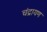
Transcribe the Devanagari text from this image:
चंद्रायण